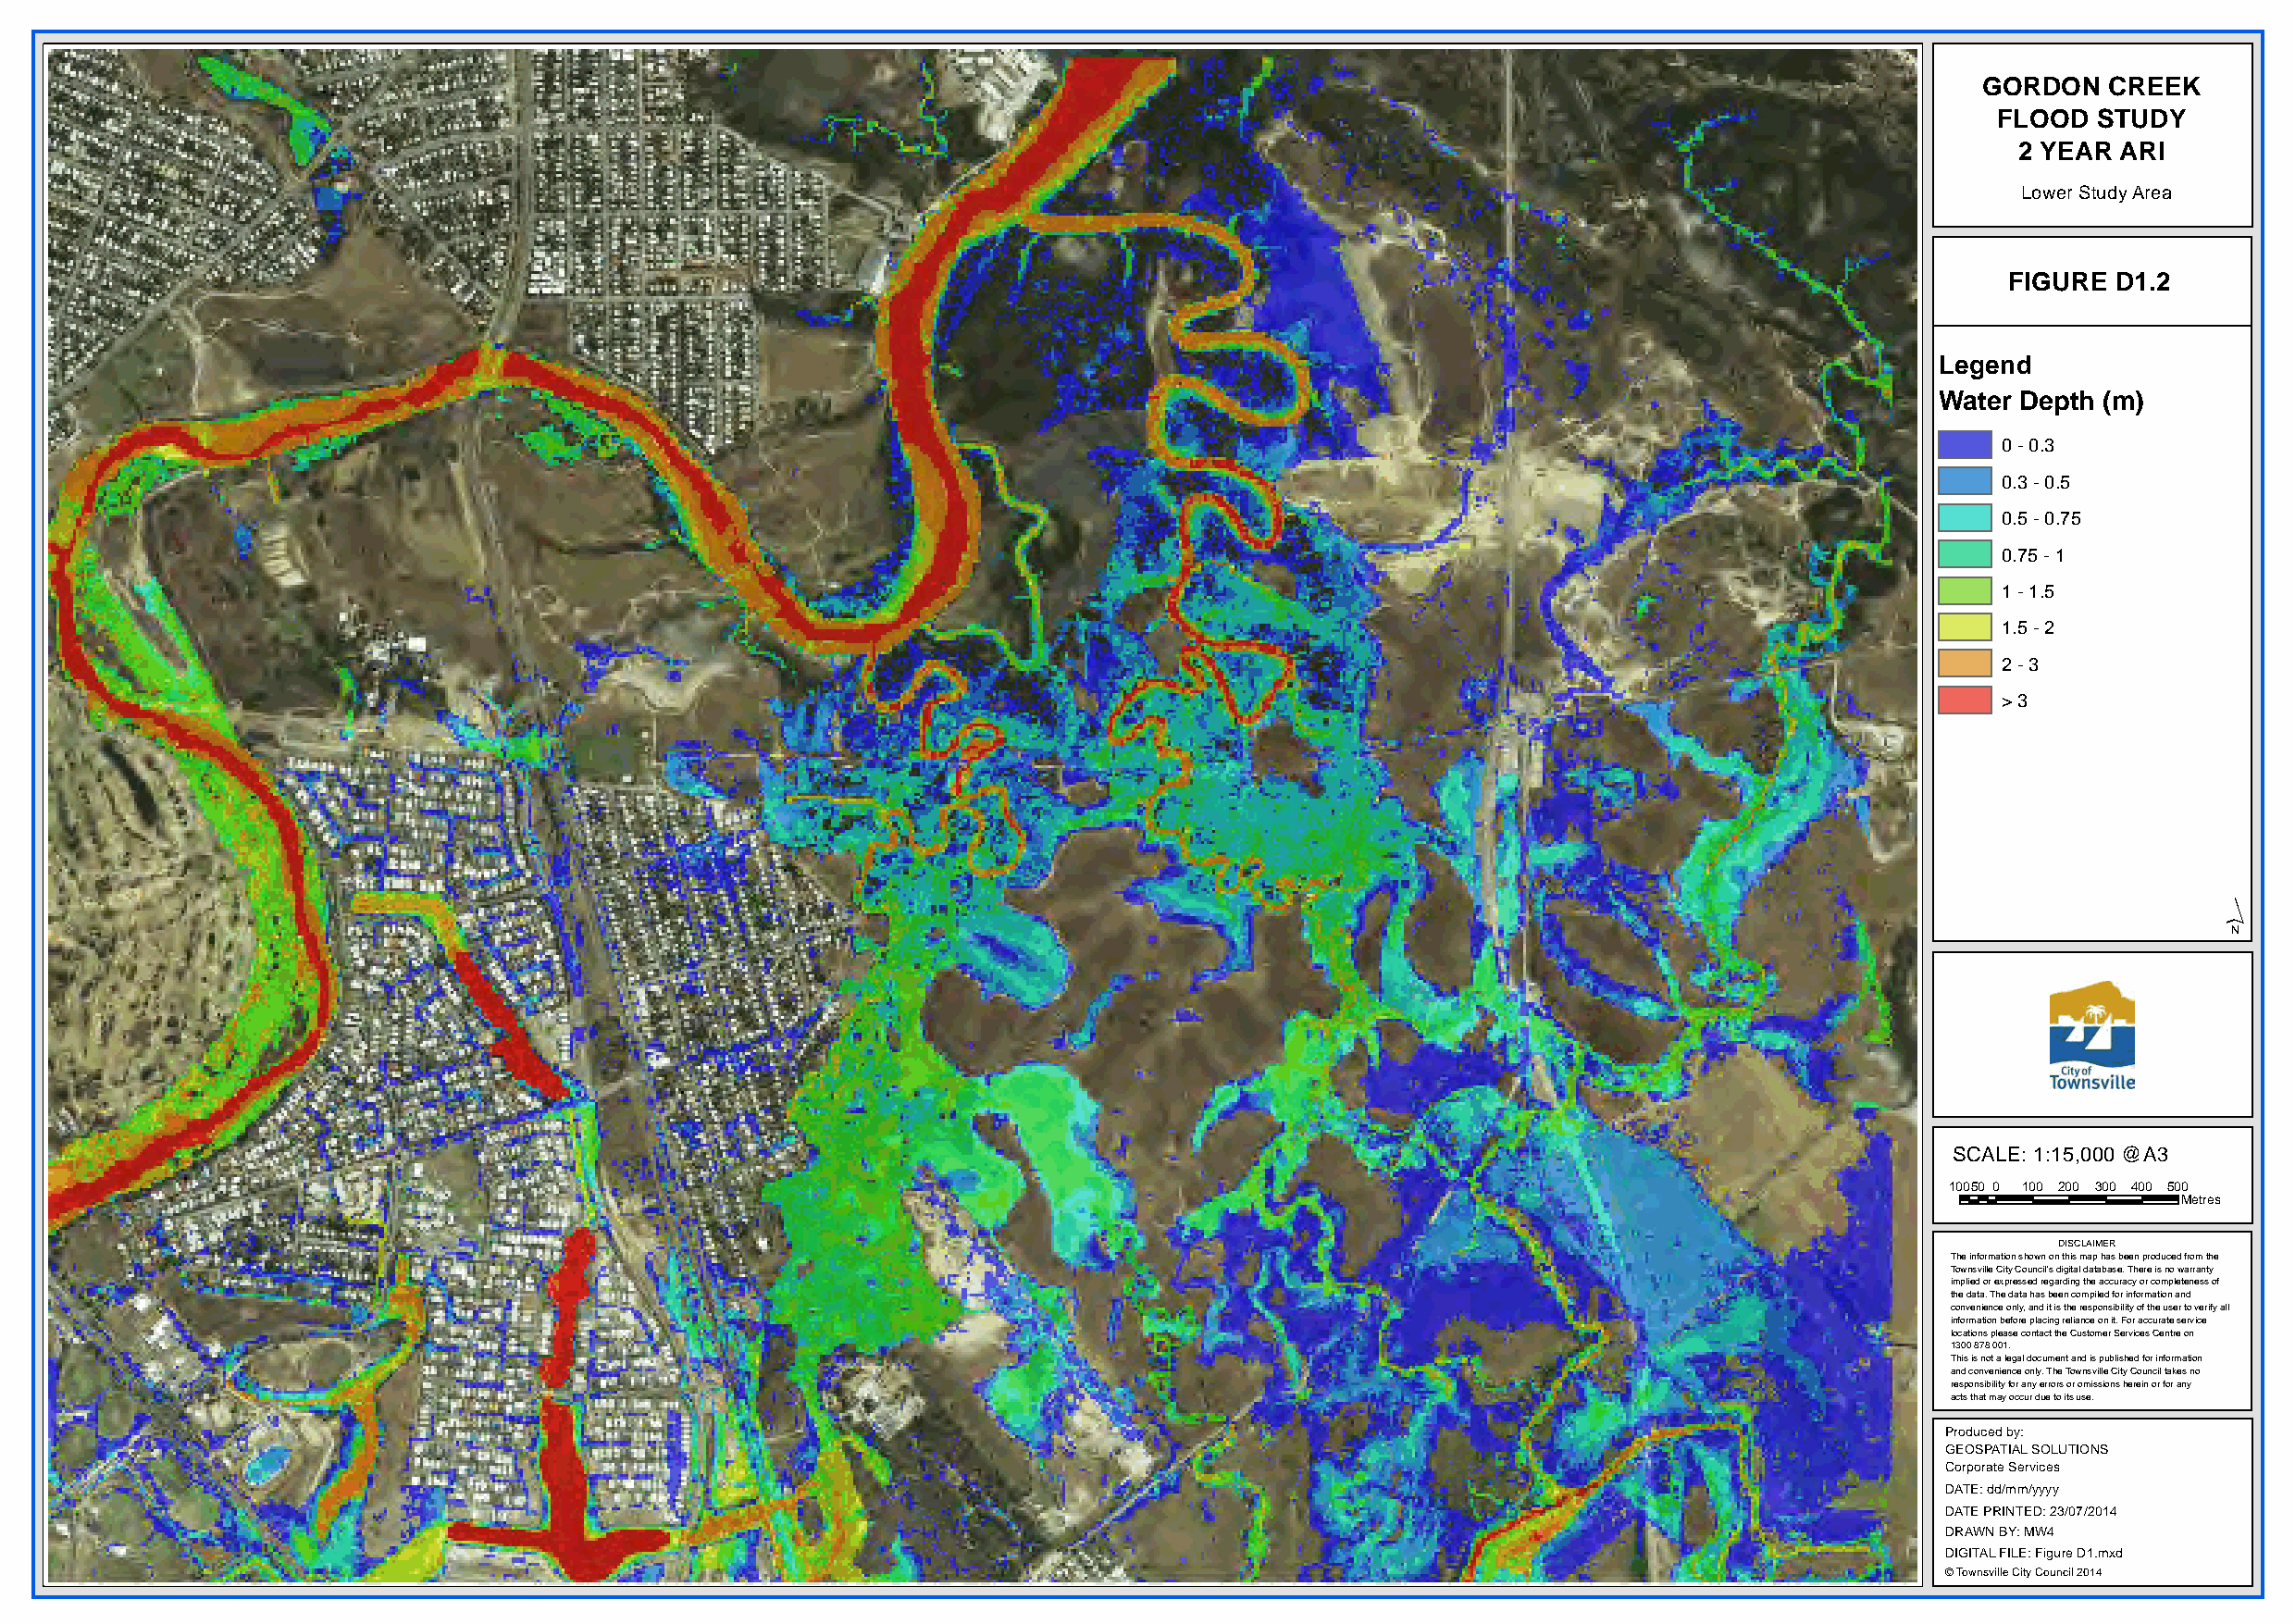
GORDON   CREEK
 FLOOD  STUDY
 2 YEAR  ARI
 Lower Study Area
 FIGURE D1.2
 Legend
 Water Depth (m)
 0 - 0.3
 0.3 - 0.5
 0.5 - 0.75
 0.75 - 1
 1 - 1.5
 1.5 - 2
 2 - 3
 > 3
 ´
 SCALE: 1:15,000 @A3
 10050 0 100 200 300 400 500
 Metres
 DISCLAIMER
 The information shown on this map has been produced from the
 Townsville City Council's digital database. There is no warranty
 implied or expressed regarding the accuracy or completeness of
 the data. The data has been compiled for information and
 convenience only, and it is the responsibility of the user to verify all
 information before placing reliance on it. For accurate service
 locations please contact the Customer Services Centre on
 1300 878 001.
 This is not a legal document and is published for information
 and convenience only. The Townsville City Council takes no
 responsibility for any errors or omissions herein or for any
 acts that may occur due to its use.
 Produced by:
 GEOSPATIAL SOLUTIONS
 Corporate Services
 DATE: dd/mm/yyyy
 DATE PRINTED: 23/07/2014
 DRAWN BY: MW4
 DIGITAL FILE: Figure D1.mxd
 © Townsville City Council 2014